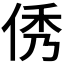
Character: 𠉑